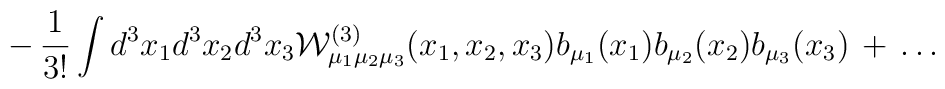
\,-\,\frac{1}{3!}\int d^3x_1 d^3x_2 d^3x_3 {\mathcal     W}^{(3)}_{\mu_1\mu_2\mu_3}(x_1,x_2,x_3) b_{\mu_1}(x_1) b_{\mu_2}(x_2)   b_{\mu_3}(x_3) \,+\, \ldots